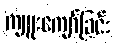
ကျူးကျော်ခြင်း